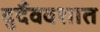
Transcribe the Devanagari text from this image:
दुर्दैववशात